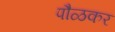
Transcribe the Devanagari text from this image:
पौळकर